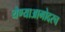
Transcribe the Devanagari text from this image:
येण्याआगोदरच